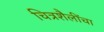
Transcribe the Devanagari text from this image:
चित्रशैलींचा